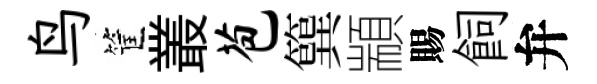
鸟筐叢苞簨顓賜飼弁